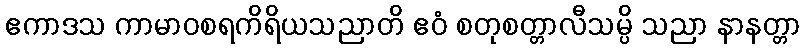
ဧကာဒသ ကာမာဝစရကိရိယသညာတိ ဧဝံ စတုစတ္တာလီသမ္ပိ သညာ နာနတ္တာ